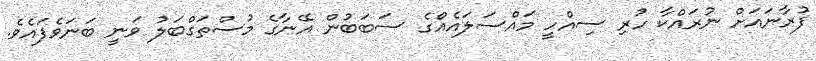
ފުރާނައަށް ނުރައްކާ ހުރި ސިއްހީ މައްސަލައެއްގެ ސަބަބުން އޭނާގެ މުސްތަގްބަލު ވަނީ ބަނަވެފައެވެ.